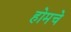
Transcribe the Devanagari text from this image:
होमचे